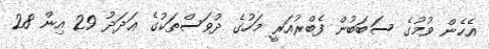
އެހެން ވުމުގެ ސަބަބުން ފެބްރުއަރީ މަހުގެ ދުވަސްތަކުގެ ޢަދަދު 29 އިން 28